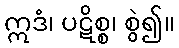
ဣဒံ၊ ပဋိစ္စ၊ စွဲ၍။